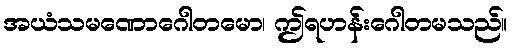
အယံသမဏောဂေါတမော၊ ဤရဟန်းဂေါတမသည်။